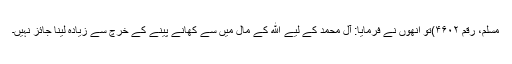
مسلم، رقم ۴۶۰۲)تو انھوں نے فرمایا: آل محمد کے لیے ﷲ کے مال میں سے کھانے پینے کے خرچ سے زیادہ لینا جائز نہیں۔